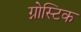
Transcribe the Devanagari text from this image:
ग्नोस्टिक